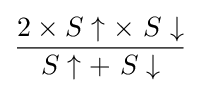
{\frac {2\times S\uparrow \times \ S\downarrow }{S\uparrow +\ S\downarrow }}